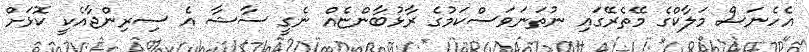
އެހެނަސް މަލާކްގެ މޭތެރޭގައި ނުތަނަވަސްކަމުގެ ރާޅުބާންޏެއް ނެގީ ސާޝާ އެ ސިރިންޖާއެކީ ކޮޅަށް